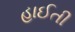
હાઈતી